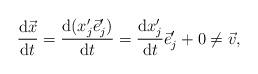
LaTeX: \begin{align*}\begin{aligned} \dfrac{{\rm d}\vec x}{{\rm d}t}=\dfrac{{\rm d} (x_j'\vec e_j')}{{\rm d}t}=\dfrac{{\rm d} x_j'}{{\rm d}t}\vec e_j'+0\ne\vec v,\end{aligned}\end{align*}